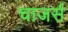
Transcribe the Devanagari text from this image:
चाजर्स